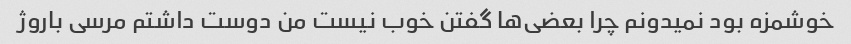
خوشمزه بود نمیدونم چرا بعضی‌ها گفتن خوب نیست من دوست داشتم مرسی باروژ